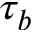
\tau _ { b }